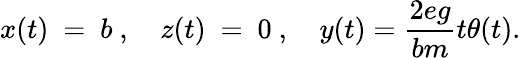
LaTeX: x(t)~=~b~,~~~~z(t)~=~0~,~~~~y(t)={\frac{2eg}{bm}}t\theta(t).